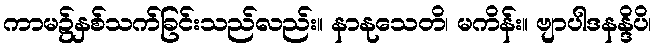
ကာမ၌နှစ်သက်ခြင်းသည်လည်း။ နာနုသေတိ၊ မကိန်း။ ဗျာပါဒနန္ဒိပိ၊